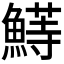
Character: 𬵣